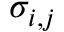
\sigma _ { i , j }